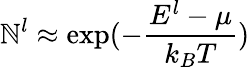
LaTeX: \mathbb{N}_{}^{l}\approx\exp(-\frac{{E^{l}-\mu}}{{k_{B}T}})